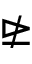
\ntrianglerighteq